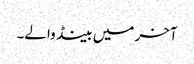
آخر میں بینڈ والے۔